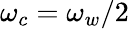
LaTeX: \omega_{c}=\omega_{w}/2